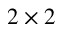
2 \times 2